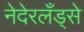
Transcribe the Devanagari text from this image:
नेदेरलँड्से